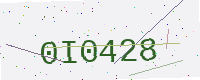
Text: 0I0428